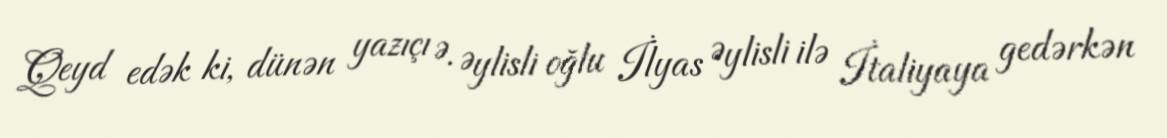
Qeyd edək ki, dünən yazıçı Ə. Əylisli oğlu İlyas Əylisli ilə İtaliyaya gedərkən